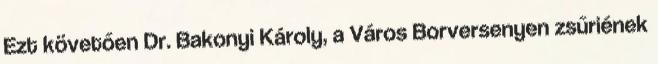
Ezt követően Dr. Bakonyi Károly, a Város Borversenyen zsűriének